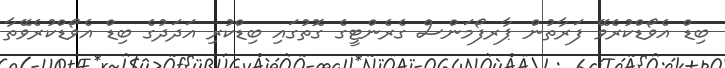
ބިޑް އެވޯޑްކުރެވޭ ފަރާތުން ޕާރފޯމަންސް ގެރެންޓީގެ ގޮތުގައި ބިޑްކުރި އަދަދުގެ ބިޑް އެވޯޑްކުރެވޭތާ